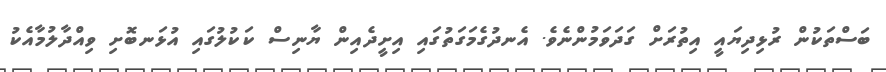
ބަސްތަކުން ރުޅިދިޔައީ އިތުރަށް ގަދަވަމުންނެވެ. އެނދުގެމަގަތުގައި އިށީދެއިން ޔާނިސް ކަކުލުގައި އުޅަނބޮށި ވިއްދާލުމާއެކު